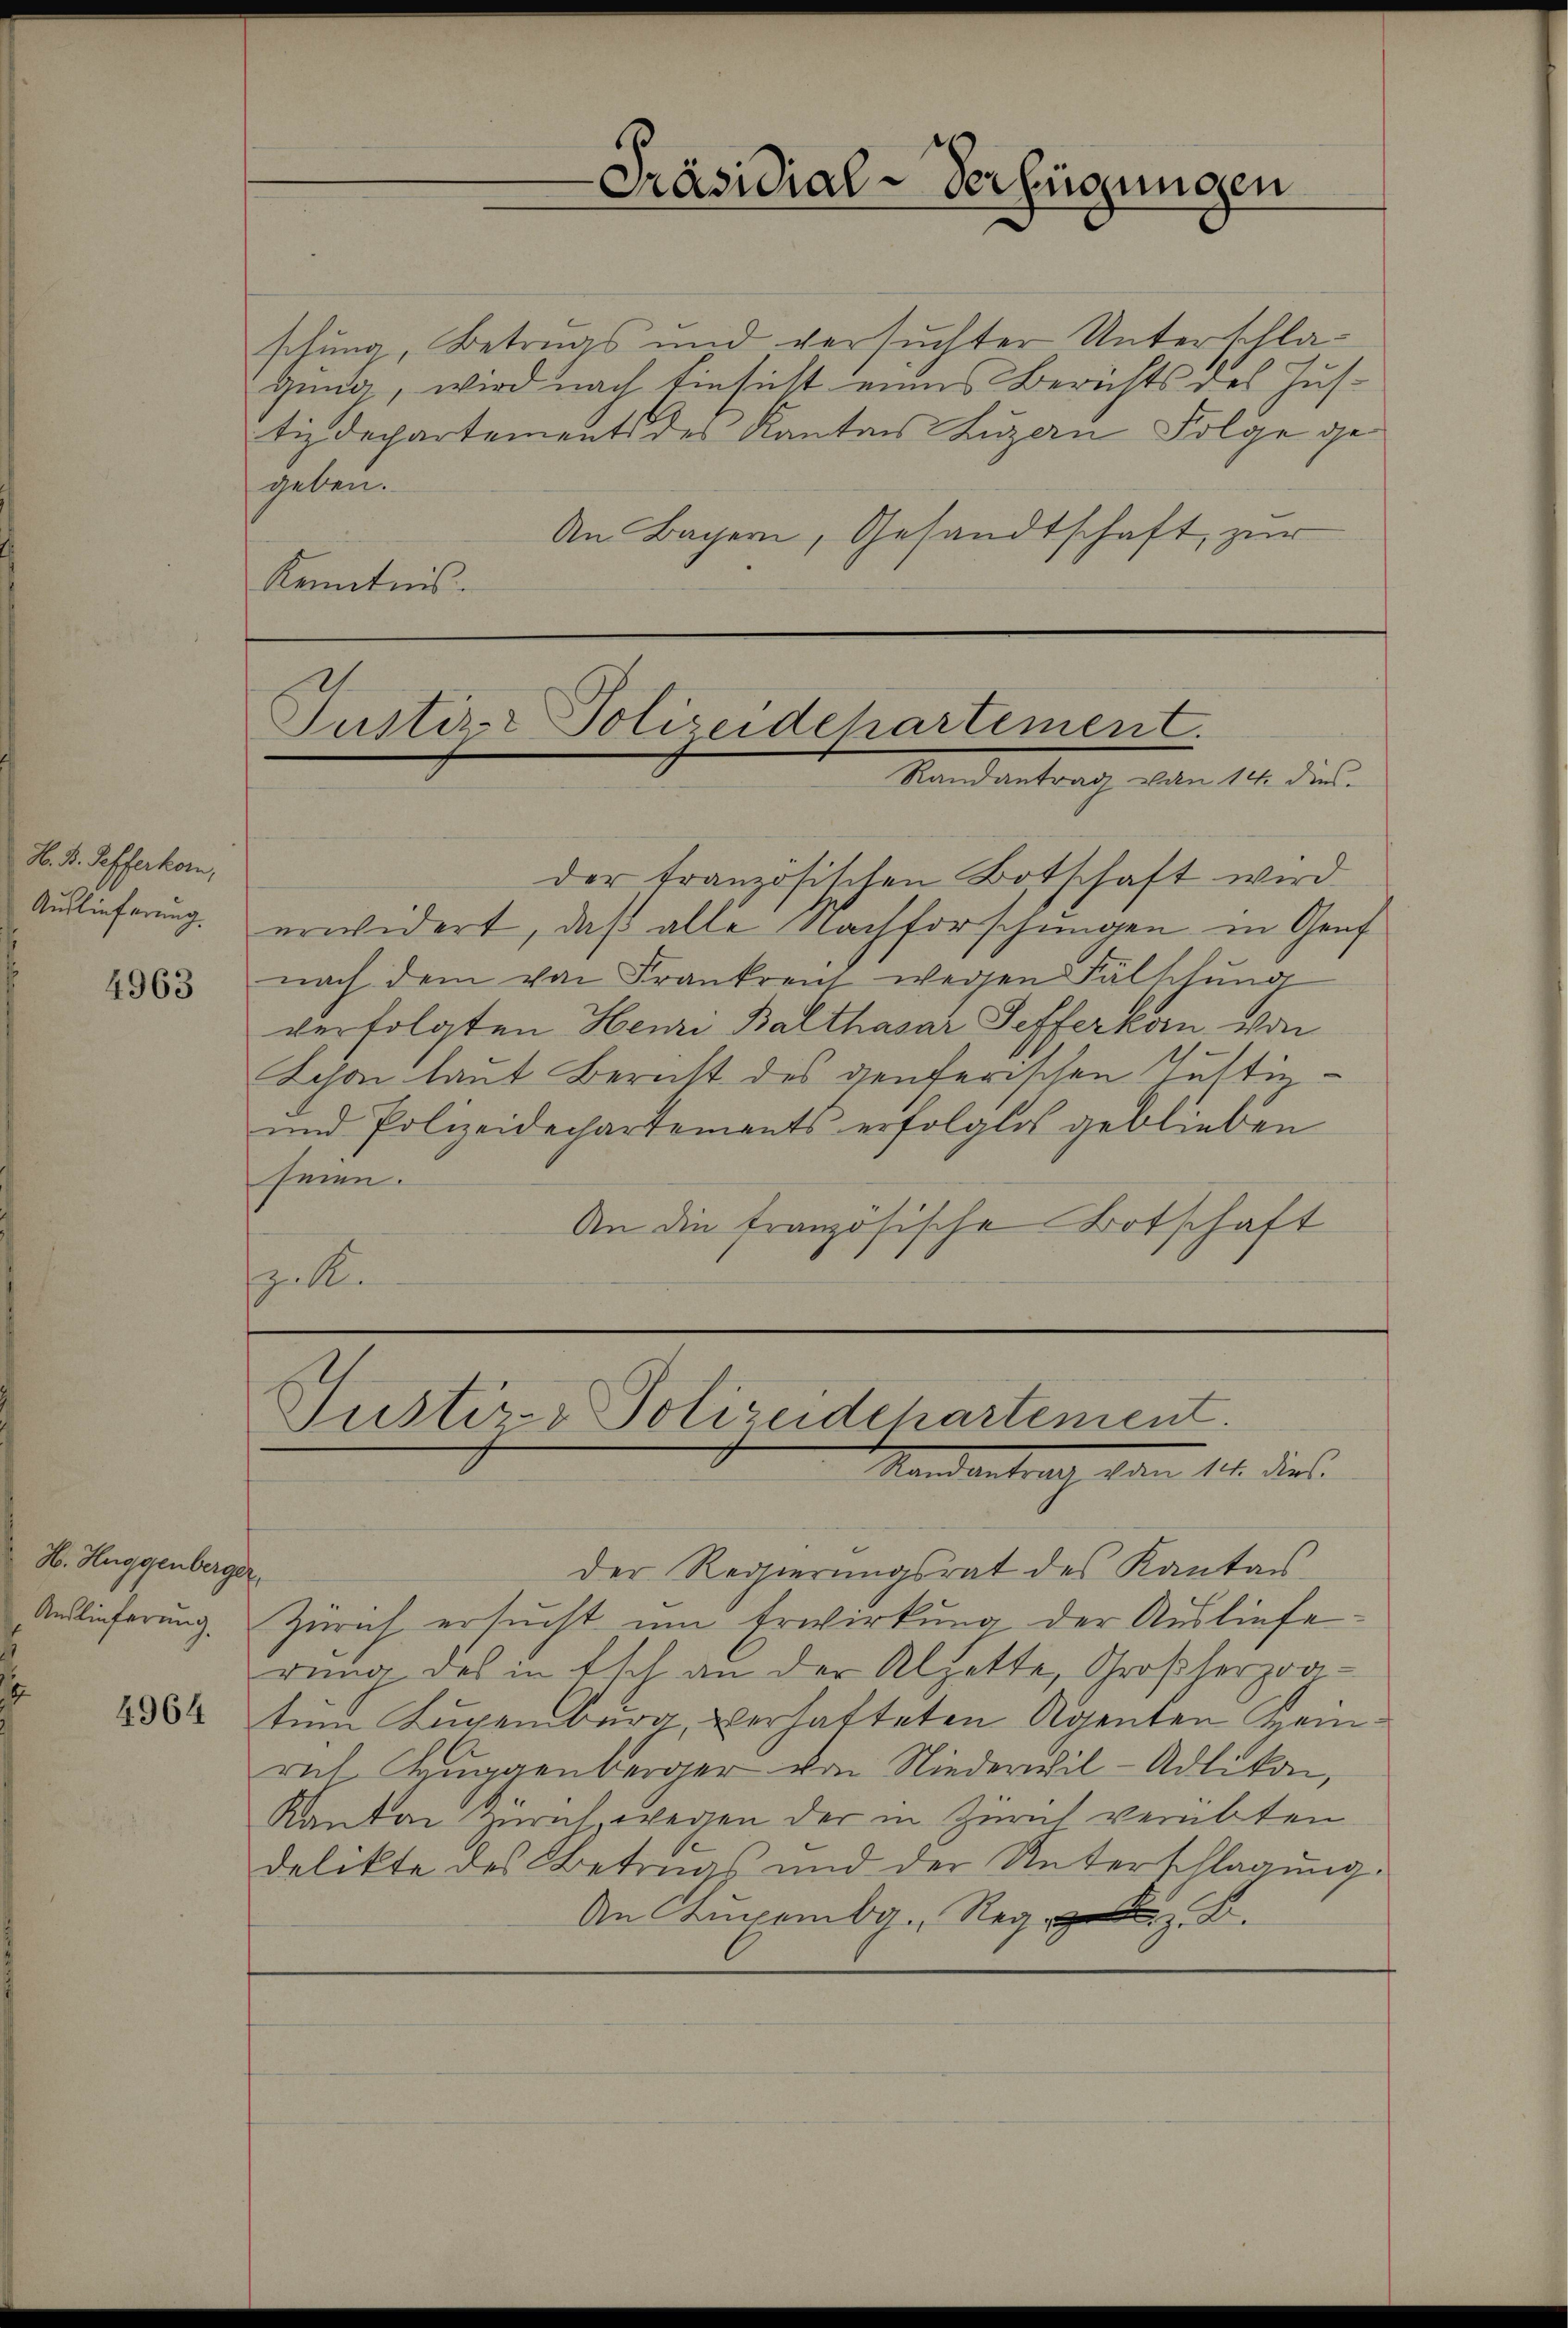
H. Dr. Sofferkom
Auslieferung.

4963

schung, Betrugs und versuchter Unterschlagung, wird nach Einsicht eines Berichts des Justizdepartements des Kantons Luzern Folge gegeben.
An Bayern, Gesandtschaft zur
Kenntnis.

H. Huggenberger,
Auslieferung.

4964

Präsidial-Verfügungen

Justiz- Polizeidchartement.
Randantrag von 14. dies

Justiz- Polizeidchartement.
Randantrag vom 11. dies

der tranzösischen Botschaft wird
erwidert, daß alle Nachforschungen in Genf
nach dem von Frankreis wegen Fälschung
verfolgten Henzi Balthasar Sefferkorn von
Schon laut Bericht des genferischen Justin¬
und Polizeidechartements erfolglos geblieben
seien.
An die französische Botschaft
sinken

Der Regierungsrat des Kanton
Zürich ersucht um Erwirkung der Auslieferung des in Esch an der Alfette, Großherzogtun Lugenburg, verhatteten Agenten Feinrat Bruggenberger von Niederwil-Adlikon,
Kanton Zürich wegen der in Zürich verübten
delikte des Betrugs und der Unterschlagung
An Augenbar. Reg.